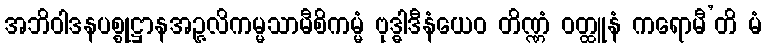
အဘိဝါဒနပစ္စုဋ္ဌာနအဉ္ဇလိကမ္မသာမီစိကမ္မံ ဗုဒ္ဓါဒီနံယေဝ တိဏ္ဏံ ဝတ္ထူနံ ကရောမီ’တိ မံ